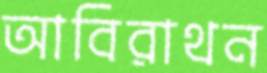
আবিরাথন